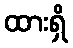
ထားရှိ